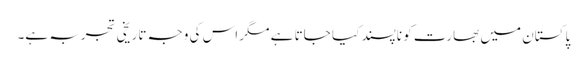
پاکستان میں بھارت کو ناپسند کیا جاتا ہے مگر اس کی وجہ تاریخی تجربہ ہے۔